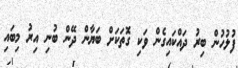
ފުލުހުން ބިރު ދައްކައިގެން ވަކި ގޮތަކަށް ބަޔާން ދޭން ބުނި އިރު މިބައި